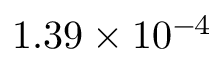
1 . 3 9 \times 1 0 ^ { - 4 }